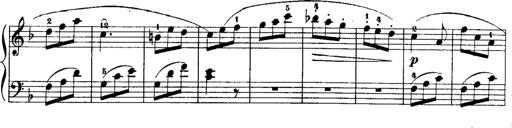
Title: Rondos and Sonatinas for Pianoforte
Composer: Daniel Steibelt